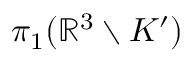
\pi _ { 1 } ( \mathbb { R } ^ { 3 } \setminus K ^ { \prime } )